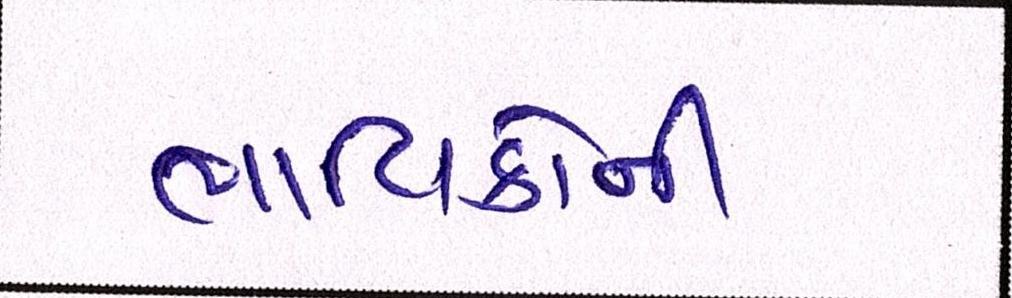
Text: ભાવિકોની